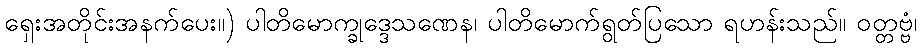
ရှေးအတိုင်းအနက်ပေး။) ပါတိမောက္ခုဒ္ဒေသဏေန၊ ပါတိမောက်ရွတ်ပြသော ရဟန်းသည်။ ဝတ္တဗ္ဗံ၊